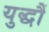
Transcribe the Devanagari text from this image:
युद्धौं